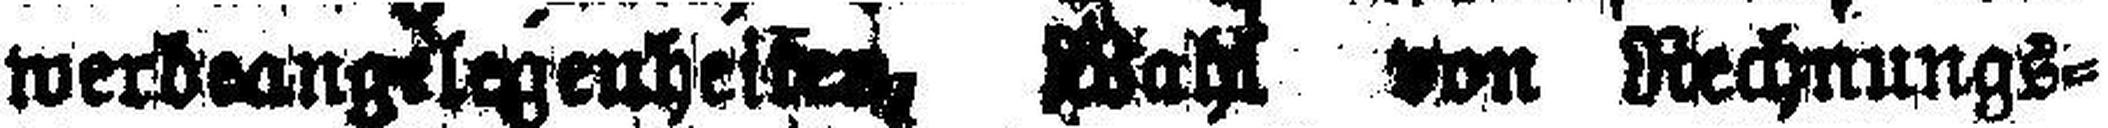
werbeangslegenheiten, Wahl von Rechnungs¬